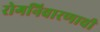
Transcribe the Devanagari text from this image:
रोगनिवारणाची